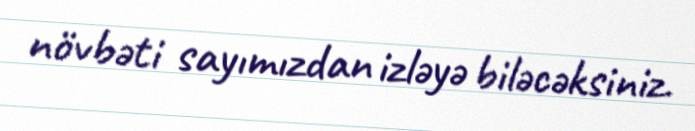
növbəti sayımızdan izləyə biləcəksiniz.